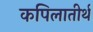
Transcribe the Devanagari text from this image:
कपिलातीर्थ